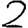
Digit: 2